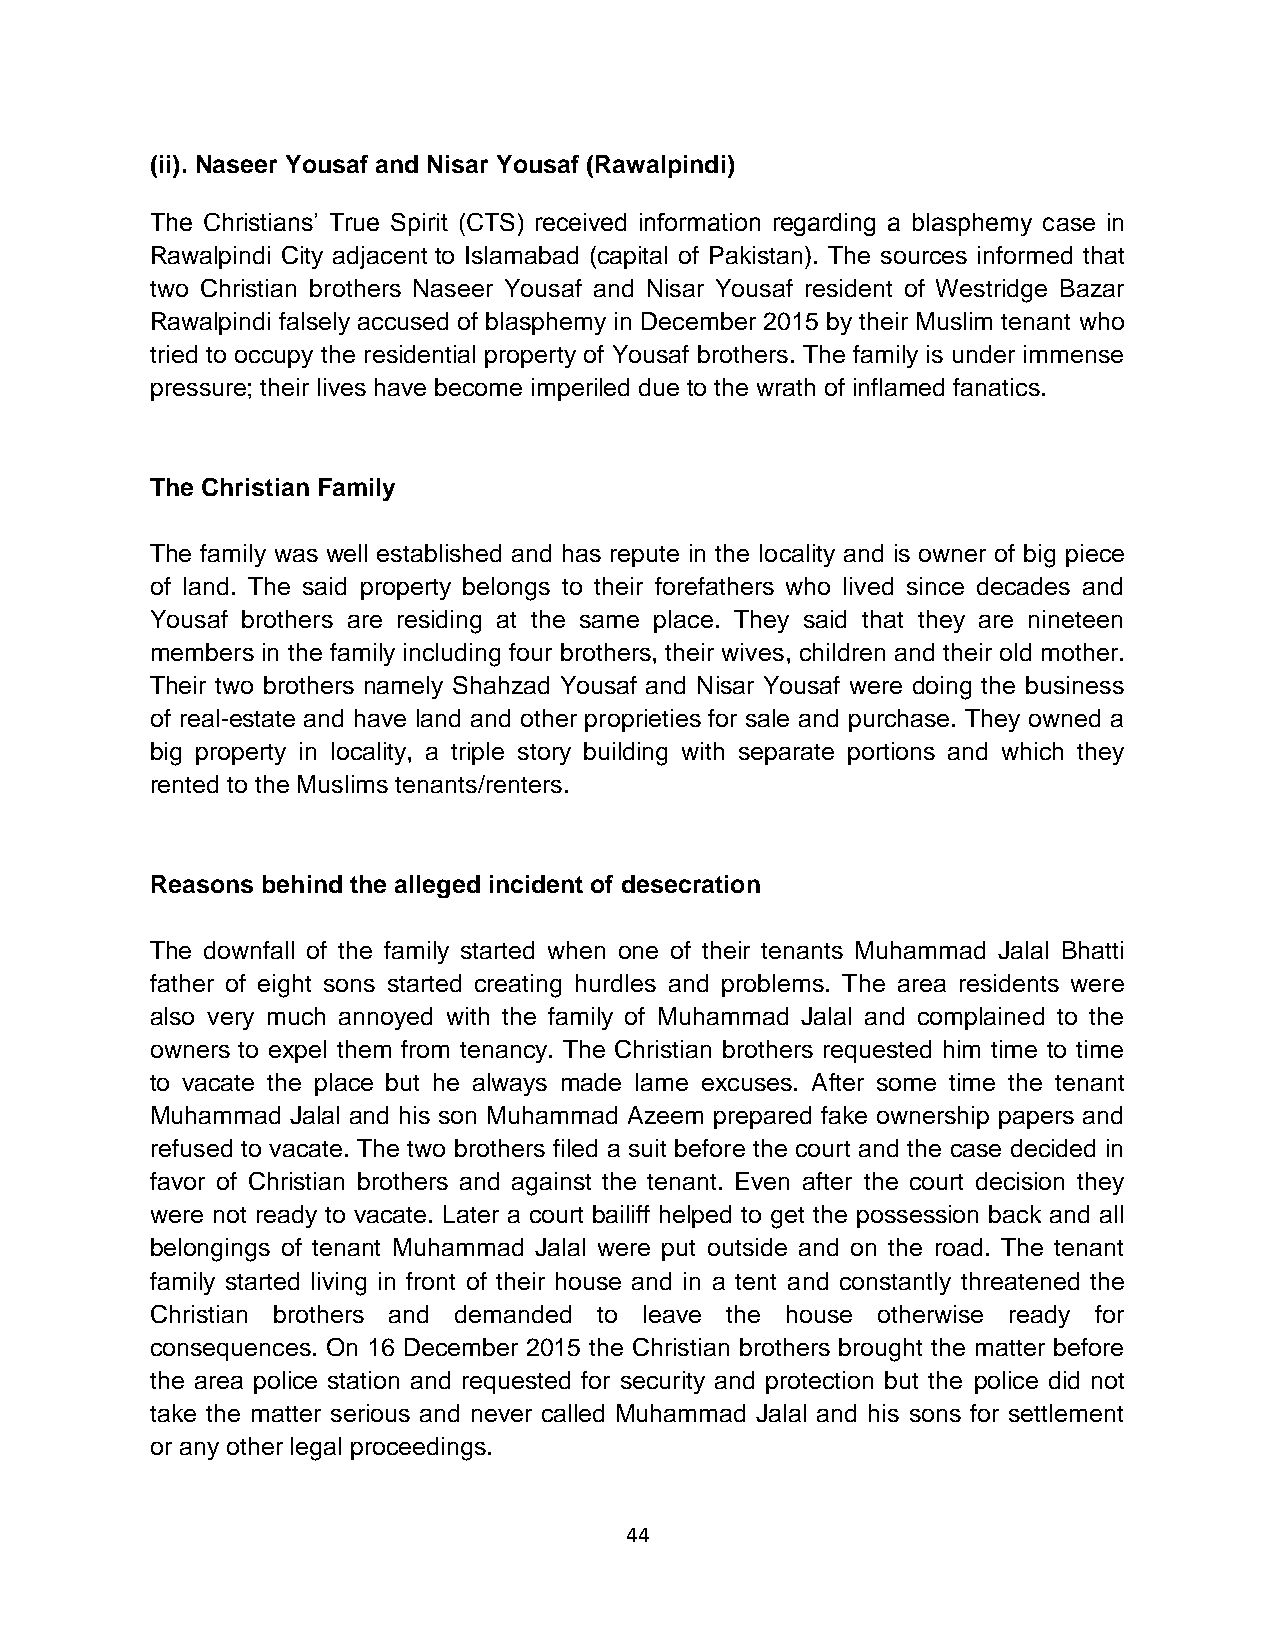
(ii). Naseer Yousaf and Nisar Yousaf (Rawalpindi)
 The Christians’ True Spirit (CTS) received information regarding a blasphemy case in
 Rawalpindi City adjacent to Islamabad (capital of Pakistan). The sources informed that
 two Christian brothers Naseer Yousaf and Nisar Yousaf resident of Westridge Bazar
 Rawalpindi falsely accused of blasphemy in December 2015 by their Muslim tenant who
 tried to occupy the residential property of Yousaf brothers. The family is under immense
 pressure; their lives have become imperiled due to the wrath of inflamed fanatics.
 The Christian Family
 The family was well established and has repute in the locality and is owner of big piece
 of land. The said property belongs to their forefathers who lived since decades and
 Yousaf brothers are residing at the same place. They said that they are nineteen
 members in the family including four brothers, their wives, children and their old mother.
 Their two brothers namely Shahzad Yousaf and Nisar Yousaf were doing the business
 of real-estate and have land and other proprieties for sale and purchase. They owned a
 big property in locality, a triple story building with separate portions and which they
 rented to the Muslims tenants/renters.
 Reasons behind the alleged incident of desecration
 The downfall of the family started when one of their tenants Muhammad Jalal Bhatti
 father of eight sons started creating hurdles and problems. The area residents were
 also very much annoyed with the family of Muhammad Jalal and complained to the
 owners to expel them from tenancy. The Christian brothers requested him time to time
 to vacate the place but he always made lame excuses. After some time the tenant
 Muhammad Jalal and his son Muhammad Azeem prepared fake ownership papers and
 refused to vacate. The two brothers filed a suit before the court and the case decided in
 favor of Christian brothers and against the tenant. Even after the court decision they
 were not ready to vacate. Later a court bailiff helped to get the possession back and all
 belongings of tenant Muhammad Jalal were put outside and on the road. The tenant
 family started living in front of their house and in a tent and constantly threatened the
 Christian brothers and demanded to leave the house otherwise ready for
 consequences. On 16 December 2015 the Christian brothers brought the matter before
 the area police station and requested for security and protection but the police did not
 take the matter serious and never called Muhammad Jalal and his sons for settlement
 or any other legal proceedings.
 44